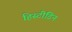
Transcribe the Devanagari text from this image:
हिस्टीडिन